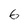
Character: 6